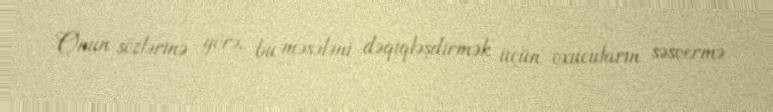
Onun sözlərinə görə, bu məsələni dəqiqləşdirmək üçün oxucuların səsvermə